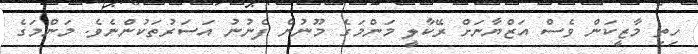
ހިތި މާޒީކަން ވެސް އަޒްޔާނަށް ރޭކާލީ މަންމަގެ މޫނުން ފެނުނު އަސަރުތަކުންނެވެ. މަންމަގެ